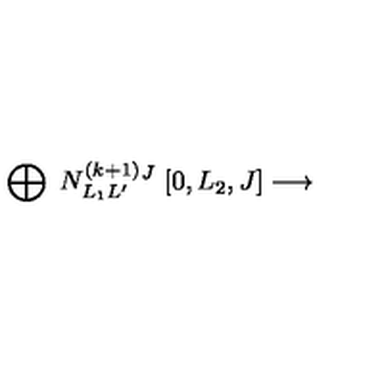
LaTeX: \bigoplus _ { } \ N _ { L _ { 1 } L ^ { \prime } } ^ { ( k + 1 ) } { } ^ { J } \ [ 0 , L _ { 2 } , J ] \longrightarrow \ \makebox [ 5 c m ] [ l ] { \displaystyle [ L _ { 1 } - 1 , 1 - L _ { 2 } , L ^ { \prime } ] . }